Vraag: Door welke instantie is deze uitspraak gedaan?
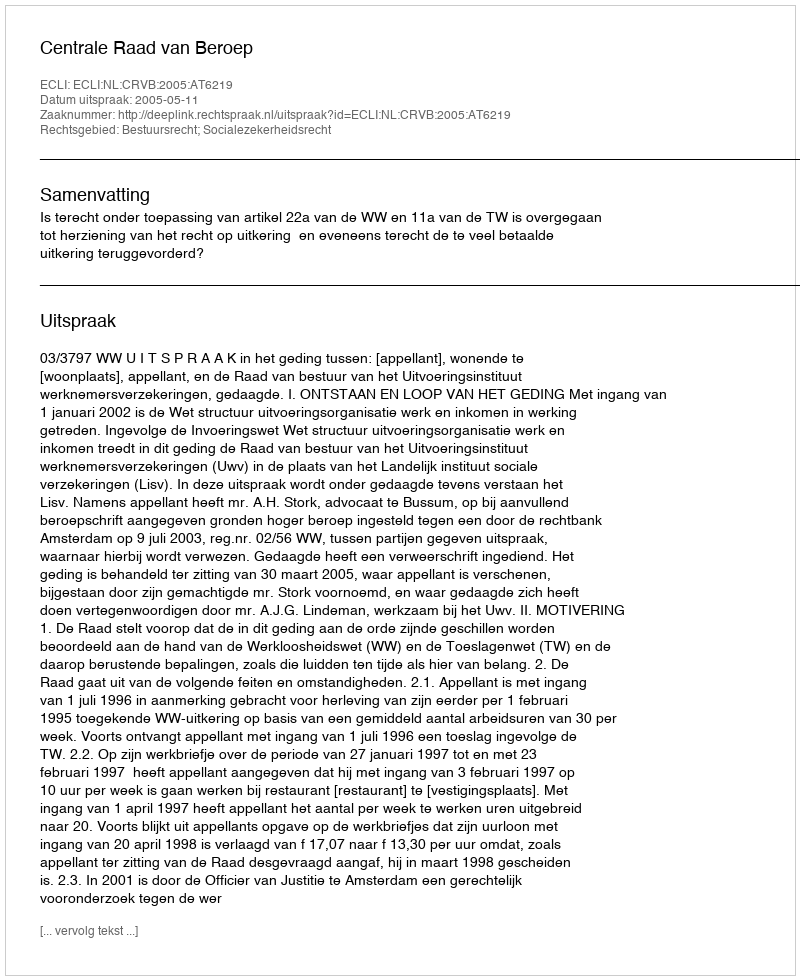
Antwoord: Centrale Raad van Beroep